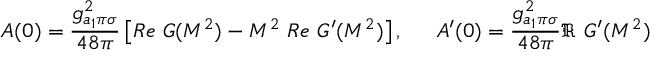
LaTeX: A ( 0 ) = \frac { g _ { a _ { 1 } \pi \sigma } ^ { 2 } } { 4 8 \pi } \left[ R e \ G ( M ^ { 2 } ) - M ^ { 2 } \ R e \ G ^ { \prime } ( M ^ { 2 } ) \right] , \, \ \ \ \ A ^ { \prime } ( 0 ) = \frac { g _ { a _ { 1 } \pi \sigma } ^ { 2 } } { 4 8 \pi } \Re \ G ^ { \prime } ( M ^ { 2 } )